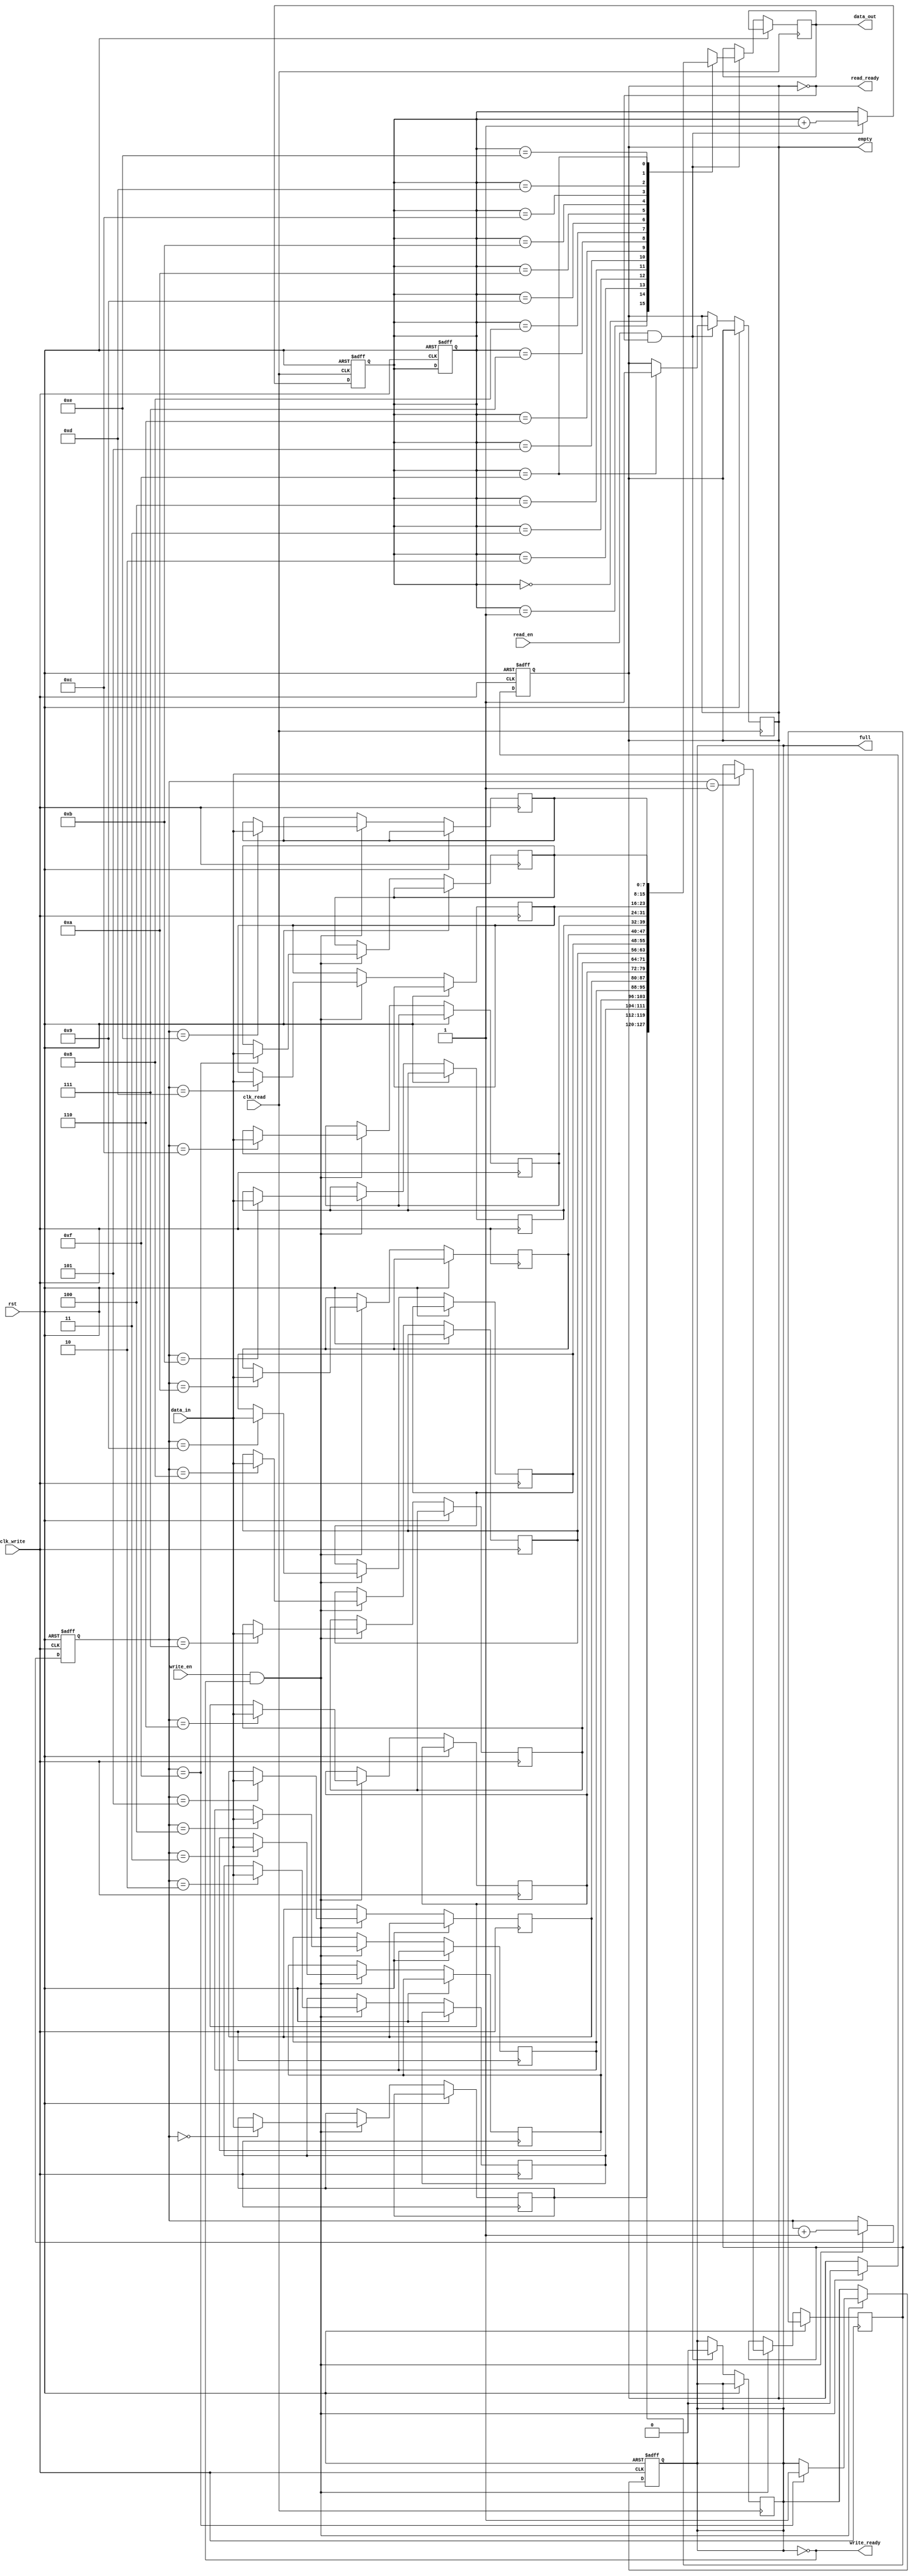
module synchronous_fifo (
    input wire clk_write,
    input wire clk_read,
    input wire rst,
    input wire write_en,
    input wire read_en,
    input wire [DATA_WIDTH-1:0] data_in,
    output wire [DATA_WIDTH-1:0] data_out,
    output wire full,
    output wire empty,
    output wire write_ready,
    output wire read_ready
);

parameter DEPTH = 16;
parameter DATA_WIDTH = 8;
parameter ADDR_WIDTH = $clog2(DEPTH);

reg [DATA_WIDTH-1:0] fifo [0:DEPTH-1];
reg [$clog2(DEPTH)-1:0] write_ptr, read_ptr;
reg full, empty;

always @ (posedge clk_write or posedge rst) begin
    if (rst) begin
        write_ptr <= 0;
        read_ptr <= 0;
        full <= 0;
        empty <= 1;
    end else begin
        if (write_en && !full) begin
            fifo[write_ptr] <= data_in;
            write_ptr <= write_ptr + 1;
            if (write_ptr == DEPTH-1)
                full <= 1;
            empty <= 0;
        end
    end
end

always @ (posedge clk_read or posedge rst) begin
    if (rst) begin
        read_ptr <= 0;
    end else begin
        if (read_en && !empty) begin
            data_out <= fifo[read_ptr];
            read_ptr <= read_ptr + 1;
            if (read_ptr == DEPTH-1)
                empty <= 1;
            full <= 0;
        end
    end
end

assign write_ready = !full;
assign read_ready = !empty;

endmodule